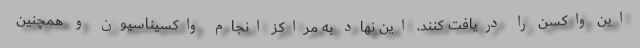
این واکسن را دریافت کنند. این نهاد به مراکز انجام واکسیناسیون و همچنین